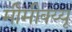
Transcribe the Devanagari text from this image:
मीमीक्य्यू